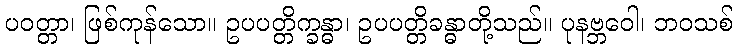
ပဝတ္တာ၊ ဖြစ်ကုန်သော။ ဥပပတ္တိက္ခန္ဓာ၊ ဥပပတ္တိခန္ဓာတို့သည်။ ပုနဗ္ဘဝေါ၊ ဘဝသစ်